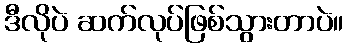
ဒီလိုပဲ ဆက်လုပ်ဖြစ်သွားတာပဲ။